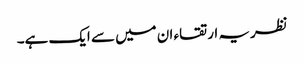
نظریہ ارتقاء ان میں سے ایک ہے۔